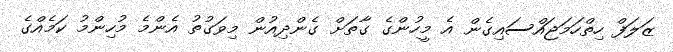
ޒަލަފް ހިތްހަމަޖައްސައިގެން އެ މީހުންގެ ގާތަށް ގެންދިއުން މިވަގުތު އެންމެ މުހިންމު ކަމެއްގެ